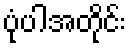
ပုံပါအတိုင်း